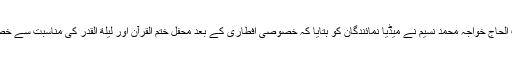
منہاج القرآن آسٹریا کے سرپرست الحاج خواجہ محمد نسیم نے میڈیا نمائندگان کو بتایا کہ خصوصی افطاری کے بعد محفل ختم القرآن اور لیلة القدر کی مناسبت سے خصوصی شب بیداری کا اہتمام ہوگا۔